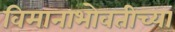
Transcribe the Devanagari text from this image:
विमानाभोवतीच्या